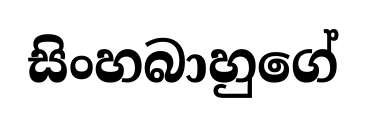
සිංහබාහුගේ